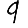
Digit: 9